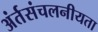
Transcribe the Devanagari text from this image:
अंर्तसंचलनीयता